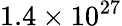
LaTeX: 1.4\times 10^{27}